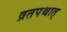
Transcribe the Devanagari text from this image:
व्रतपश्चात्‌